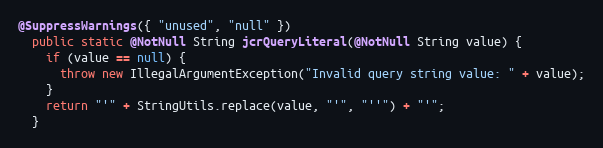
Language: Java
@SuppressWarnings({ "unused", "null" })
  public static @NotNull String jcrQueryLiteral(@NotNull String value) {
    if (value == null) {
      throw new IllegalArgumentException("Invalid query string value: " + value);
    }
    return "'" + StringUtils.replace(value, "'", "''") + "'";
  }